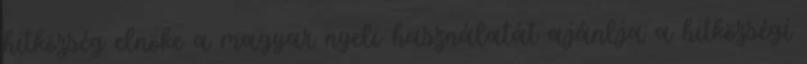
hitközség elnöke a magyar nyelv használatát ajánlja a hitközségi